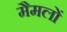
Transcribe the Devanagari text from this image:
मैमलों